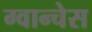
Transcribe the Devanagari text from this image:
ग्वान्चेस